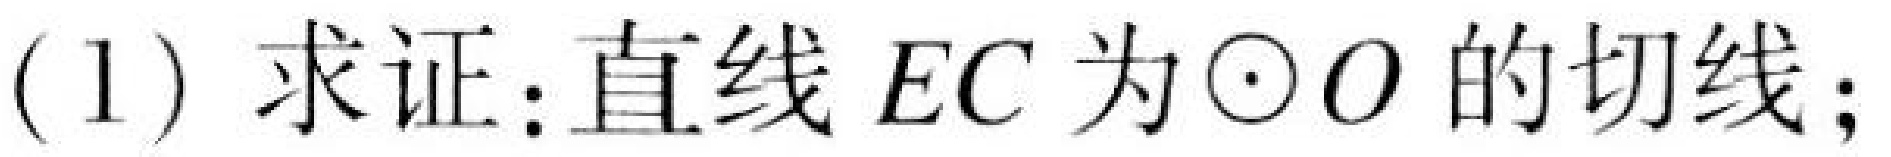
(1) 求证：直线\(EC\)为\(\odot O\)的切线；